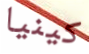
كينيا